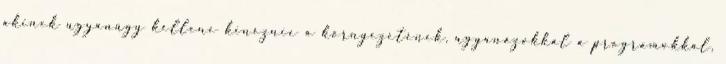
akinek ugyanúgy kellene kinéznie a környezetének, ugyanazokkal a programokkal,